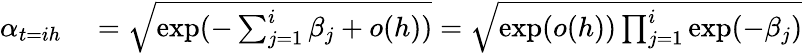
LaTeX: \begin{array}{rl}{\alpha_{t=ih}}&{{}{}=\sqrt{\exp(-\sum_{j=1}^{i}\beta_{j}+o(h))}=\sqrt{\exp(o(h))\prod_{j=1}^{i}\exp(-\beta_{j})}}\end{array}